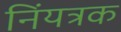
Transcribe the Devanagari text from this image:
निंयत्रक